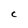
Character: c